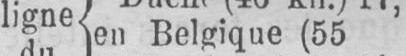
ligne en Belgique (55